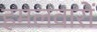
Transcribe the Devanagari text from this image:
हमलवारों